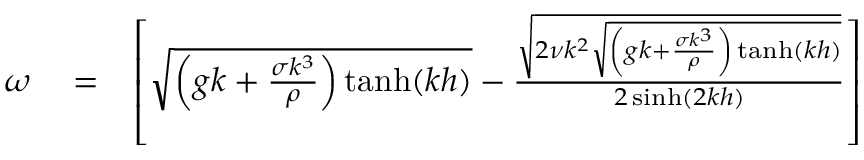
\begin{array} { r l r } { \omega } & { { } = } & { \left[ \sqrt { \left( g k + \frac { \sigma k ^ { 3 } } { \rho } \right) \operatorname { t a n h } ( k h ) } - \frac { \sqrt { 2 \nu k ^ { 2 } \sqrt { \left( g k + \frac { \sigma k ^ { 3 } } { \rho } \right) \operatorname { t a n h } ( k h ) } } } { 2 \sinh ( 2 k h ) } \right] } \end{array}